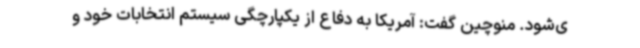
ی‌شود. منوچین گفت: آمریکا به دفاع از یکپارچگی سیستم انتخابات خود و